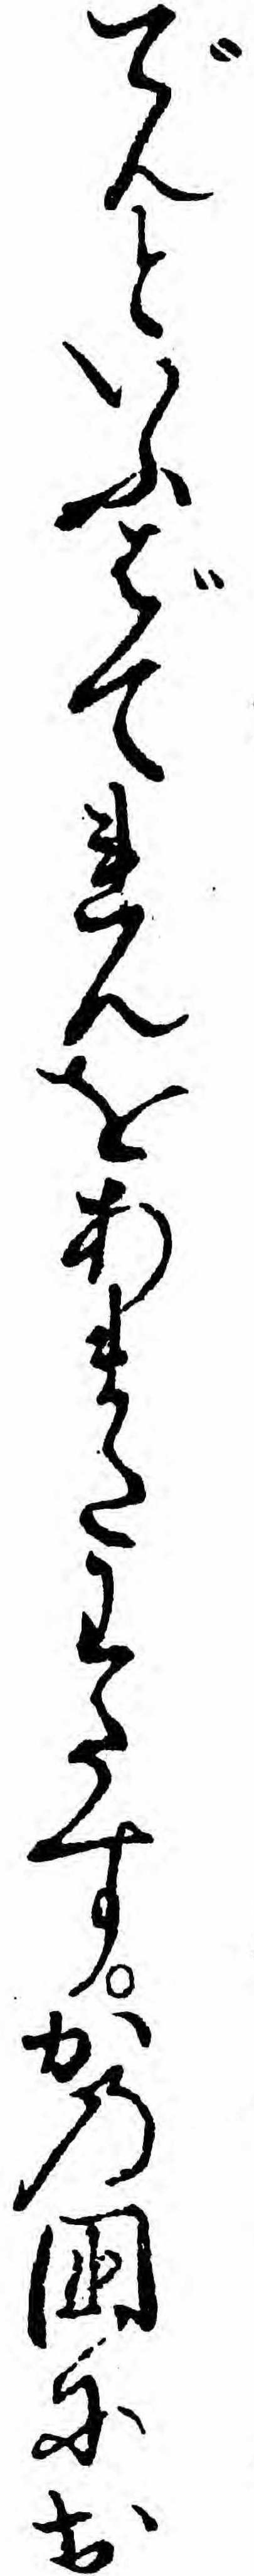
でんといふばてれんをあまたわたすかの国にお